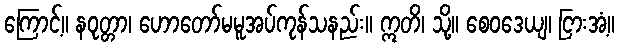
ကြောင့်။ နဝုတ္တာ၊ ဟောတော်မမူအပ်ကုန်သနည်း။ ဣတိ၊ သို့။ စေဝဒေယျ၊ ငြားအံ့။